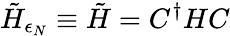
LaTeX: \tilde{H}_{\epsilon_{N}}\equiv\tilde{H}=C^{\dagger}HC